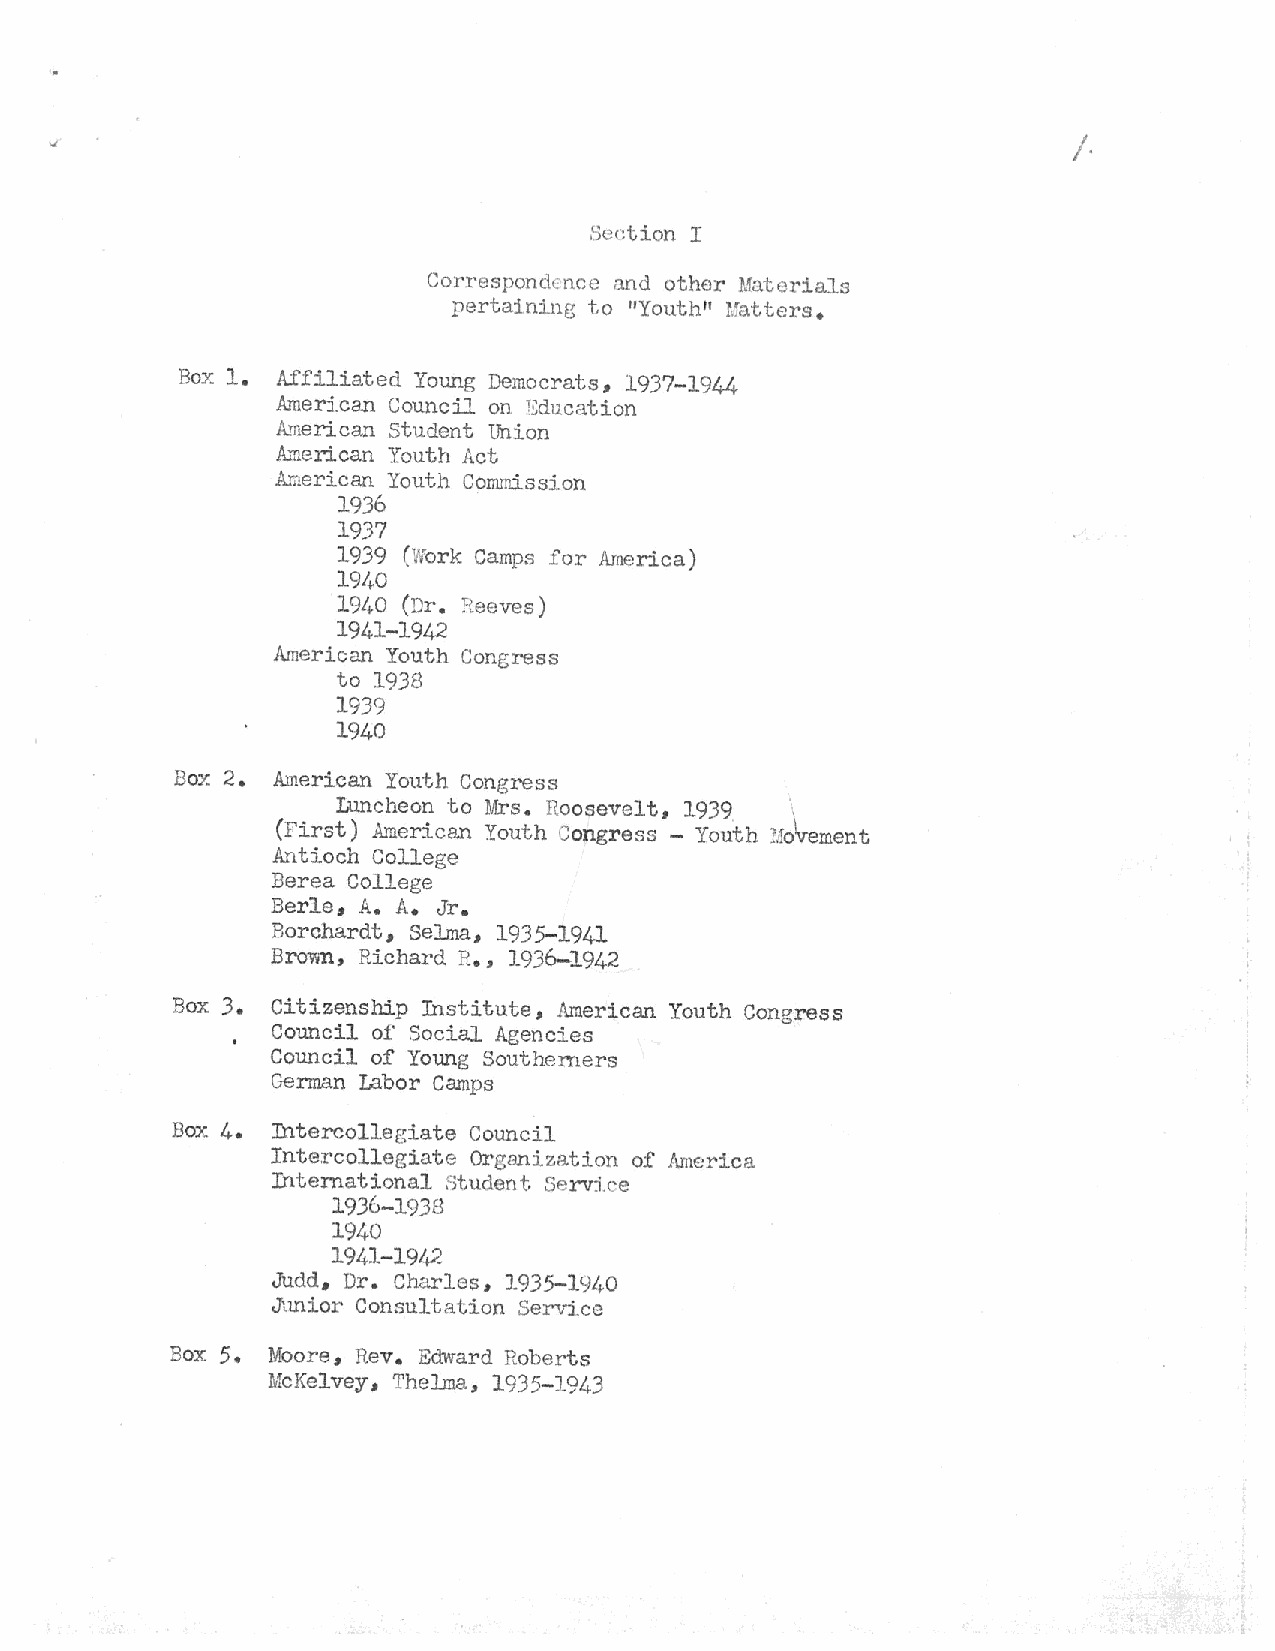
I
 Sc~tion
 Correspondence r.md other Materials
 pertaining to "Youth" Matters.
 Box 1. Affiliated Young Democrats, 1937-1944
 American Council on Education
 American Student Union
 American Youth Act
 America~ Youth Commission
 1936
 1937
 1939 (v;ork Camps for America)
 191.-0
 191t0 (Dr. Reeves)
 1941-1942
 American Youth Congress
 to 1938
 1939
 1940
 Box 2. American Youth Congress
 Luncheon to Mrs. Roosevelt, 1939
 (first) American Youth Congress - Youth Ho'lv-ement
 Antioch College
 Berea College
 Berle, A. A. Jr.
 Borchardt, Selma, 1935-1941
 Bro~n, Richard R. , 1936-1942
 Box 3. Citizenship Institute, American Youth Congress
 Council of Social Agencies
 Council of Young Southerners
 Gennan Labor Camps
 Box 4. Intercollegiate Council
 Intercolleeiate Organization of America
 International Student Service
 1936-1938
 1940
 1941-1942
 JUdd, Dr. Charles,
 1935-1~40
 Junior Consultation Serv:i.ce
 Box 5. Moore, Rev. Edward Roberts
 McKelvey, Thelma, 1935-1943